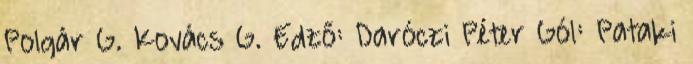
Polgár G. Kovács G. Edző: Daróczi Péter Gól: Pataki